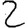
Digit: 2